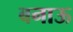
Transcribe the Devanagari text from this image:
बनाऊ